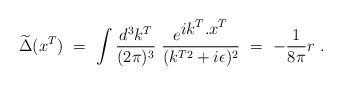
LaTeX: \begin{align*}\widetilde \Delta (x^T)\ =\ \int \frac{d^3k^T}{(2\pi)^3}\ \frac{e^{{\displaystyle ik^T.x^T}}}{(k^{T2}+i\epsilon)^2}\ =\ -\frac{1}{8\pi}r\ .\end{align*}